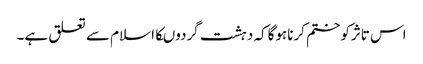
اس تاثرکوختم کرناہوگاکہ دہشت گردوںکااسلام سے تعلق ہے۔